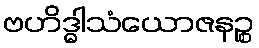
ဗဟိဒ္ဓါသံယောဇနဉ္စ